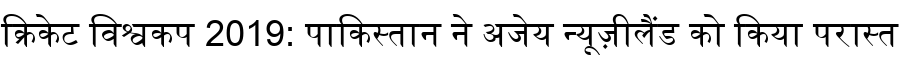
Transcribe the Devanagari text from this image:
क्रिकेट विश्वकप 2019: पाकिस्तान ने अजेय न्यूज़ीलैंड को किया परास्त